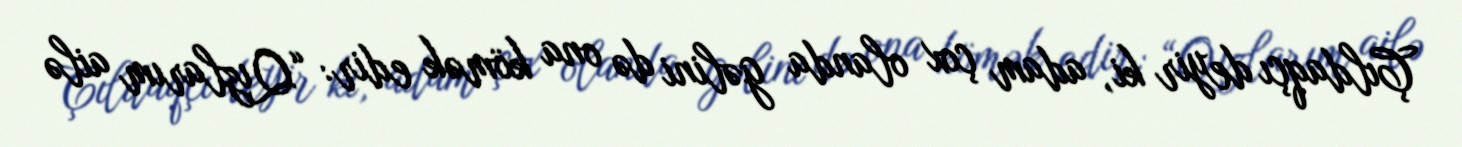
Çıldaqçı deyir ki, adam çox olanda gəlini də ona kömək edir: “Qızlarım ailə